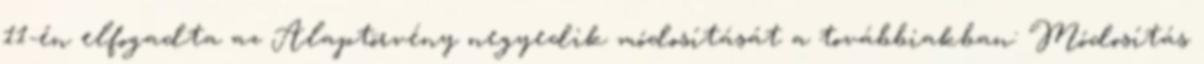
11-én elfogadta az Alaptörvény negyedik módosítását a továbbiakban: Módosítás